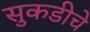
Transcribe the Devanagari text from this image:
सुकडीचे